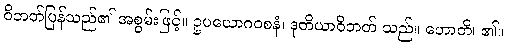
ဝိဘတ်ပြန်သည်၏ အစွမ်းဖြင့်။ ဥပယောဂဝစနံ၊ ဒုတိယာဝိဘတ် သည်။ ဟောတိ၊ ၏။